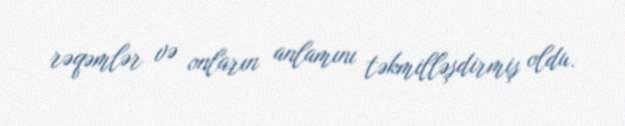
rəqəmlər və onların anlamını təkmilləşdirmiş oldu.